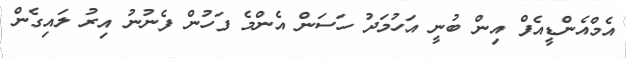
އެމްއެންޑީއެފް އިން ބުނީ އަހުމަދު ހަސަން އެންމެ ފަހުން ފެނުނު އިރު ލައިގެން